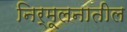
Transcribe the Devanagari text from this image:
निर्मूलनातील